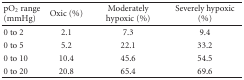
<table><thead><tr><td><b>pO<sub>2</sub> range (mmHg)</b></td><td><b>Oxic (%)</b></td><td><b>Moderately hypoxic (%)</b></td><td><b>Severely hypoxic (%)</b></td></tr></thead><tbody><tr><td>0 to 2</td><td>2.1</td><td>7.3</td><td>9.4</td></tr><tr><td>0 to 5</td><td>5.2</td><td>22.1</td><td>33.2</td></tr><tr><td>0 to 10</td><td>10.4</td><td>45.6</td><td>54.5</td></tr><tr><td>0 to 20</td><td>20.8</td><td>65.4</td><td>69.6</td></tr></tbody></table>